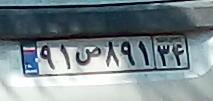
۹۱ص۸۹۱۳۴